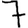
Digit: 7